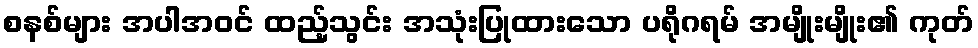
စနစ်များ အပါအဝင် ထည့်သွင်း အသုံးပြုထားသော ပရိုဂရမ် အမျိုးမျိုး၏ ကုတ်